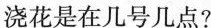
浇花是在几号几点?